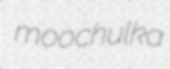
moochulka